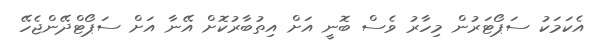
އެކަމަކު ސަޕޯޓަރުން މިހާރު ވެސް ބޮނީ އަށް އިތުބާރުކޮށް އޭނާ އަށް ސަޕޯޓްދޭންޖެހޭ